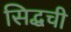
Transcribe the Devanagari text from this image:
सिद्धची